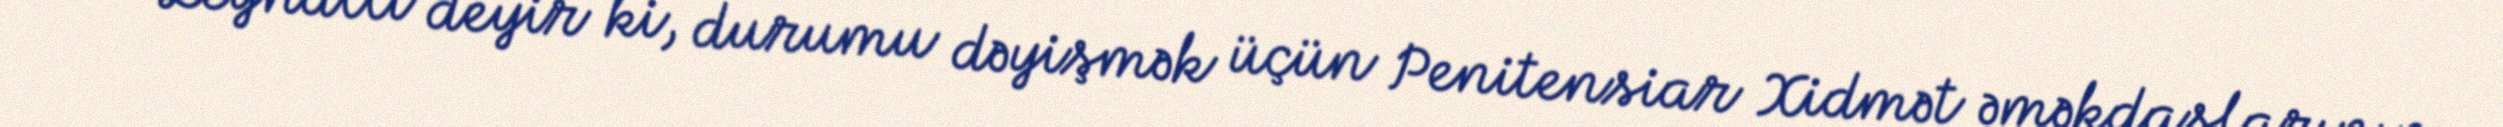
Əvəz Zeynallı deyir ki, durumu dəyişmək üçün Penitensiar Xidmət əməkdaşlarının